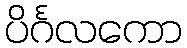
ပိင်္ဂလကော